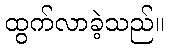
ထွက်လာခဲ့သည်။